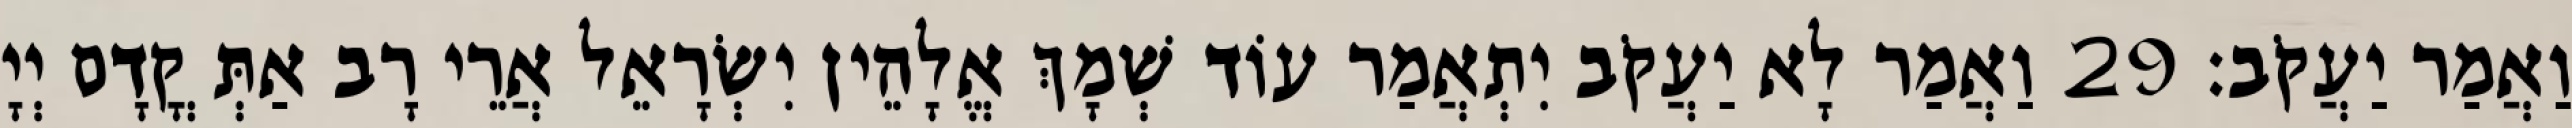
וַאֲמַר יַעֲקֹב׃ 29 וַאֲמַר לָא יַעֲקֹב יִתְאֲמַר עוֹד שְׁמָךְ אֱלָהֵין יִשְׂרָאֵל אֲרֵי רָב אַתְּ קֳדָם יְיָ